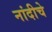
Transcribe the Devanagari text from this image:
नांदीचे